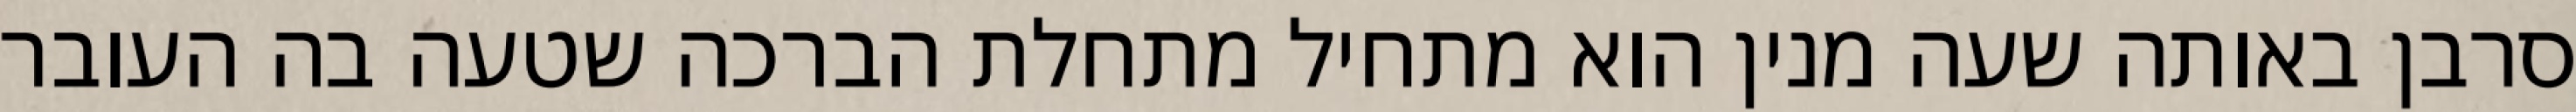
סרבן באותה שעה מנין הוא מתחיל מתחלת הברכה שטעה בה העובר